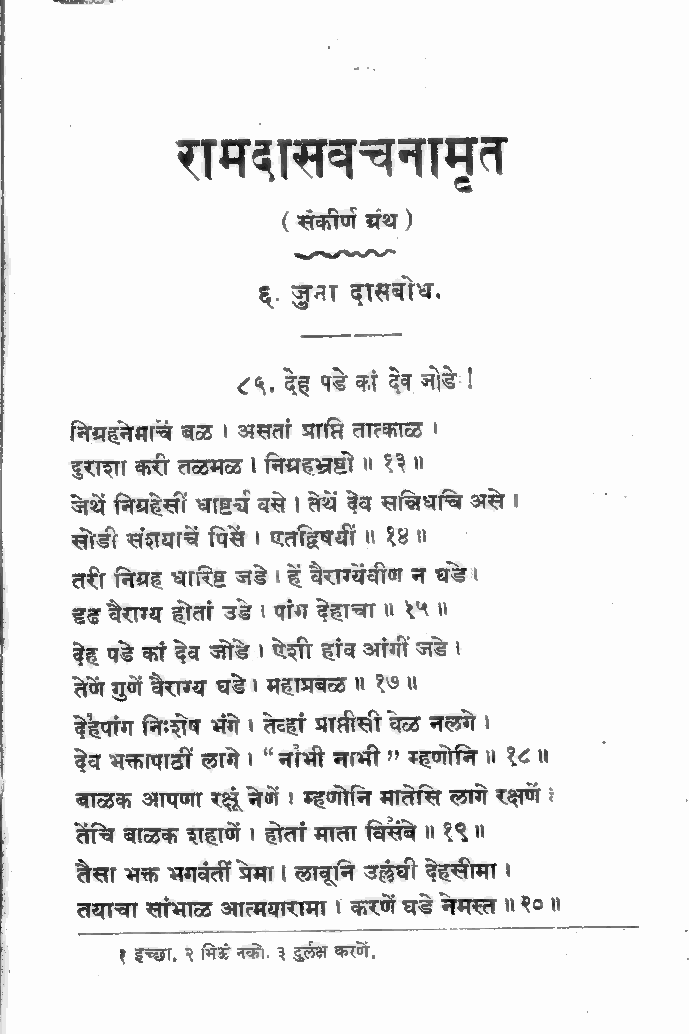
रामदासवचनामृत
 ( संकीणं अंथ )
 २५८८८५८
 ६. जुना दासबोध.
 ८५. देह पडे कां देव जोडे!
 निग्रहनिमार्च बध्ठ । असतां प्राप्ति तात्काळ ।
 दुराशा करी तळमळ्ट । निग्रहञ्रष्टो ॥ १२ ॥
 जथे निग्रहेसीं धाष्टत्च वसे । तेथं देव सन्निधाचि असे ।
 सोडी संशयाचे पिसं । एतद्विषयीं ॥ १४॥
 तरी निग्रह धारिष्ट जडे । हे वैराग्येंवीण न घडे ।
 इढ वैराग्य होतां उडे। पांग देहाचा ॥ १५॥
 देह पड़े कां देव जोडे । ऐशी हांव आंगीं जडे ।
 तेणे गुणें वैराग्य घडे । महाभबळ ॥ १७॥
 देहपांग निःदोष भंगे । तेव्हां प्राप्तीसी वेळ नलगे ।
 देव अक्तापाठी लागे । “ नांभी नाभी ?” म्हणोनि ॥ १८॥
 बाळक आपणा रक्षूंन ेगें । म्हणोनि मातोसि लागे रक्षण ।
 तेंचि बाळक शहाणें । होतां माता विसंबे ॥ १९॥
 तैसा भक्त भगवंता प्रेमा ।ल ावूनि उलंघी देहसीमा ।
 तयाचा सांभाळ आत्मयारामा । करणें घडे नेमस्त ॥ २०॥
 १ इच्छा, २ मिऊं नको. ३द ुर्लक्ष करणें,